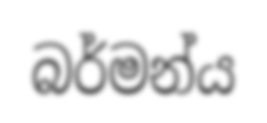
බර්මන්ය